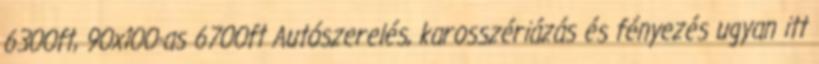
6300ft, 90x100-as 6700ft Autószerelés, karosszériázás és fényezés ugyan itt